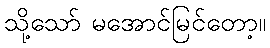
သို့သော် မအောင်မြင်တော့။